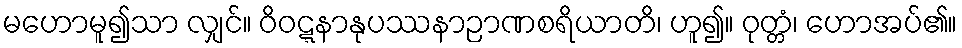
မဟောမူ၍သာ လျှင်။ ဝိဝဋ္ဋနာနုပဿနာဉာဏစရိယာတိ၊ ဟူ၍။ ဝုတ္တံ၊ ဟောအပ်၏။